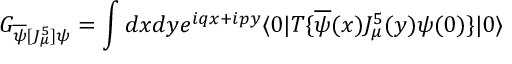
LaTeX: G _ { \overline { { { \psi } } } [ J _ { \mu } ^ { 5 } ] \psi } = \int d x d y e ^ { i q x + i p y } \langle 0 | T \{ \overline { { { \psi } } } ( x ) J _ { \mu } ^ { 5 } ( y ) \psi ( 0 ) \} | 0 \rangle